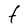
Character: t